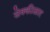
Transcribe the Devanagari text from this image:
सेक्कीळार